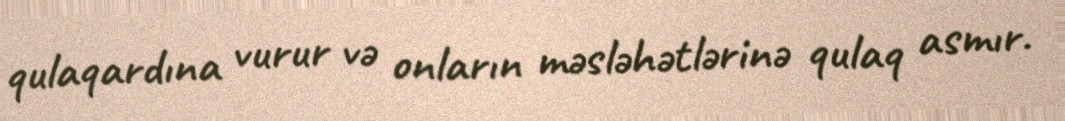
qulaqardına vurur və onların məsləhətlərinə qulaq asmır.